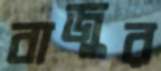
বাজুর